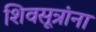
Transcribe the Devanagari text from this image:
शिवसूत्रांना